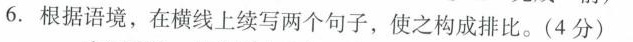
6.根据语境，在横线上续写两个句子，使之构成排比。(4分)